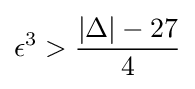
\epsilon ^{3}>{\frac {|\Delta |-27}{4}}